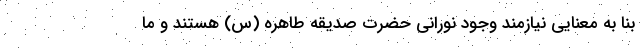
بنا به معنایی نیازمند وجود نورانی حضرت صدیقه طاهره (س) هستند و ما